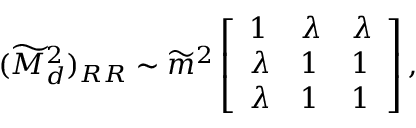
( \widetilde M _ { d } ^ { 2 } ) _ { R R } \sim \widetilde m ^ { 2 } \left[ \begin{array} { l l l } { { 1 } } & { { \lambda } } & { { \lambda } } \\ { { \lambda } } & { { 1 } } & { { 1 } } \\ { { \lambda } } & { { 1 } } & { { 1 } } \end{array} \right] ,